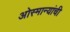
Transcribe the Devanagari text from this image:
ओस्मान्यांची